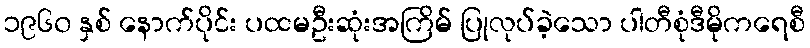
၁၉၆၀ နှစ် နောက်ပိုင်း ပထမဦးဆုံးအကြိမ် ပြုလုပ်ခဲ့သော ပါတီစုံဒီမိုကရေစီ